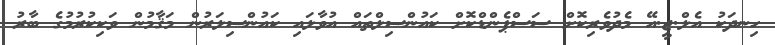
ހިނދަކު އެލް.ޖީ.އޭ މެދުވެރިކޮށް ސަސްޕެންޑްކޮށް ކައުންސިލްތައް އުވާލައި ކައުންސިލަރުން މަޤާމުން ވަކިކުރުމުގެ ބާރު